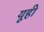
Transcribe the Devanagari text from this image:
यूही